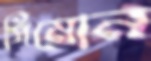
সিমোন